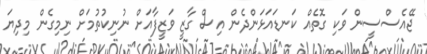
ޖޭއެސްސީން ވަކި ގޮތެއް ކަނޑައަޅަންދެން އިސް ގާޒީ ވަޒީފާއަށް ނުނިކުތުމަށް ނިމިގެން މިދިޔަ